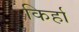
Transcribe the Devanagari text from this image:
किर्हा